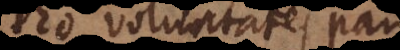
Deo voluntates par